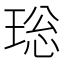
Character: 𤥼